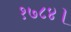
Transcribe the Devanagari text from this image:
१७८४।